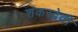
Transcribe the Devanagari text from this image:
शंकरदेवी